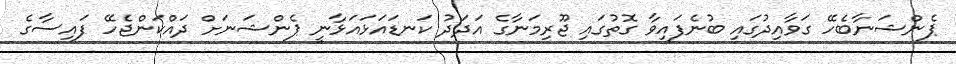
ޕެންޝަނާބެހޭ ގަވާއިދުގައި ބުނެފައިވާ ގޮތުގައި ޖޫރިމަނާގެ އަދަދު ކަނޑައަޅައަޅާނީ ޕެންޝަނަށް ދައްކަންޖެހޭ ފައިސާގެ